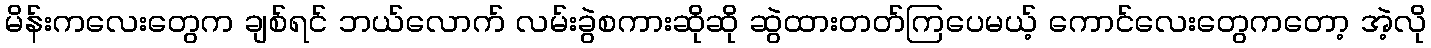
မိန်းကလေးတွေက ချစ်ရင် ဘယ်လောက် လမ်းခွဲစကားဆိုဆို ဆွဲထားတတ်ကြပေမယ့် ကောင်လေးတွေကတော့ အဲ့လို